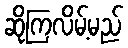
ဆိုကြလိမ့်မည်